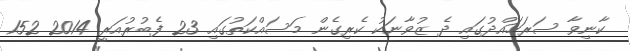
ކާނިވާ ސަރަހައްދުގައި ދެ ޒުވާނަކު ކެރިގެން މަސައްކަތުގައި 23 ފެބުރުއަރީ 2014 152